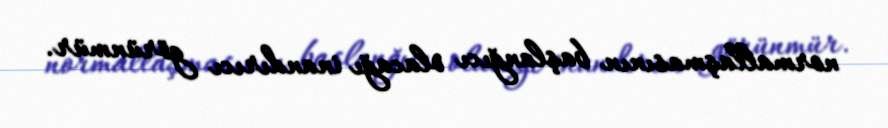
normallaşmasının başlanğıcı olacağı inandırıcı görünmür.